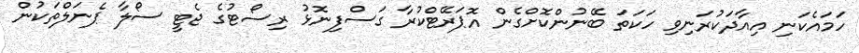
ހަމައެކަނި އިއާދަކުރަނިވި ހަކަތަ ބޭނުންކޮށްގެން އޮޕަރޭޓްކުރާ ގަސްފިނޮޅު ރިސޯޓުގެ ޖެޓީ ސޯލާ ޕެނަލްތަކުން